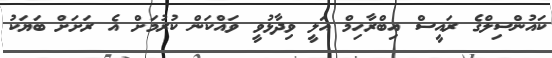
ކައުންސިލްގެ ރައީސް އިބްރާހިމް އަލީ ވިދާޅުވީ ވައްކަން ކުރުމަށް އެ ރަށަށް ބަޔަކު